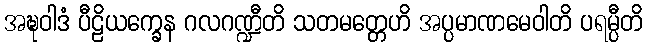
အဍ္ဎဝါဒံ ပီဠိယက္ခေန ဂလဂဏ္ဍီတိ သတမတ္တေဟိ အပ္ပမာဏမေဝါတိ ပရမ္ပီတိ